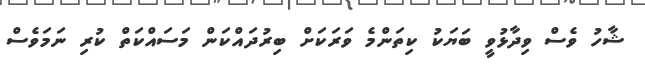
ޝާހު ވެސް ވިދާޅުވީ ބަޔަކު ކިތަންމެ ވަރަކަށް ބިރުދައްކަން މަސައްކަތް ކުރި ނަމަވެސް